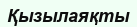
Қызылаяқты